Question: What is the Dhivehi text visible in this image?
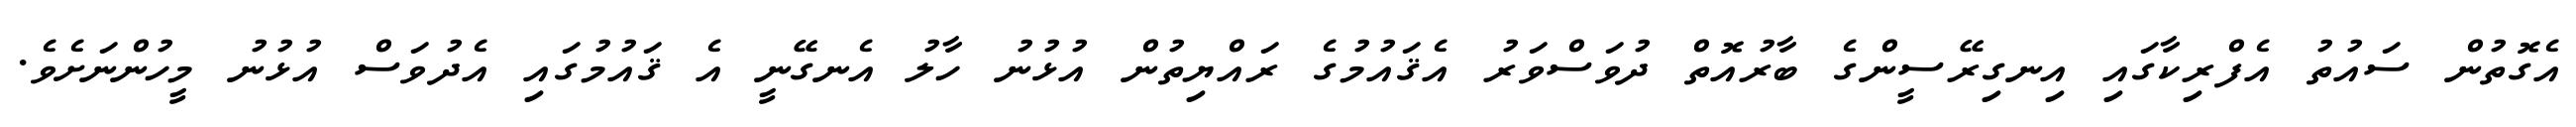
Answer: އެގޮތުން ސައުތު އެފްރިކާގައި އިނގިރޭސީންގެ ބާރުއޮތް ދުވަސްވަރު އެޤައުމުގެ ރައްޔިތުން އުޅުނު ހާލު އެނގޭނީ އެ ޤައުމުގައި އެދުވަސް އުޅުނު މީހުންނަށެވެ.